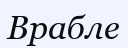
Врабле